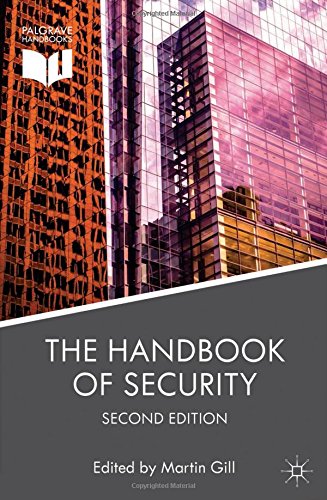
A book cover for The Handbook of Security; Business & Money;